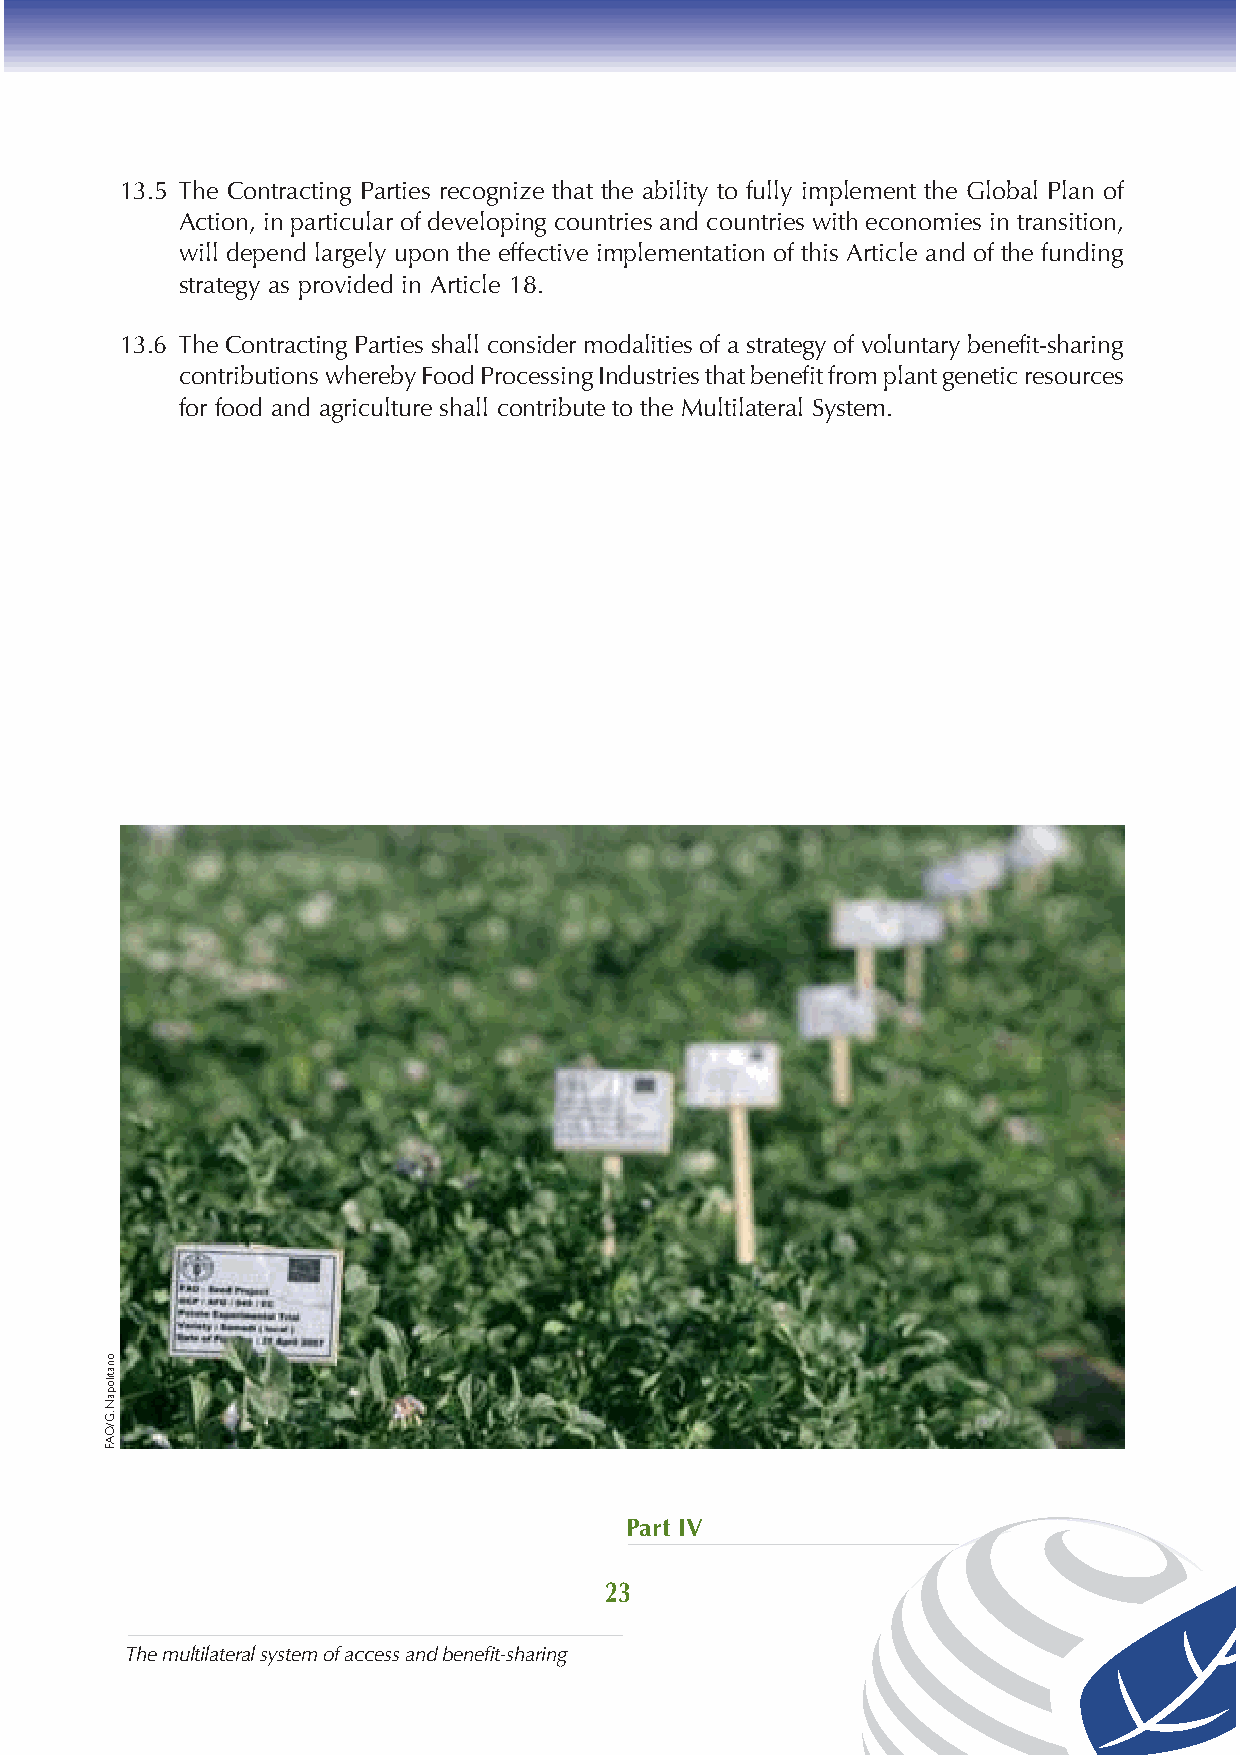
13.5 The Contracting Parties recognize that the ability to fully implement the Global Plan of
 Action, in particular of developing countries and countries with economies in transition,
 will depend largely upon the effective implementation of this Article and of the funding
 strategy as provided in Article 18.
 13.6 The Contracting Parties shall consider modalities of a strategy of voluntary benefit-sharing
 contributions whereby Food Processing Industries that benefit from plant genetic resources
 for food and agriculture shall contribute to the Multilateral System.
 Part IV
 23
 The multilateral system of access and benefit-sharing
 onatilopaN
 .G/OAF